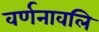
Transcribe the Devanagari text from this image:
वर्णनावलि